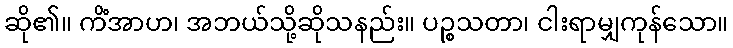
ဆို၏။ ကိံအာဟ၊ အဘယ်သို့ဆိုသနည်း။ ပဉ္စသတာ၊ ငါးရာမျှကုန်သော။